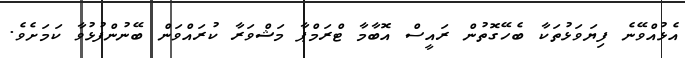
އެޅުއްވޭނެ ފިޔަވަޅުތަކާ ބެހޭގޮތުން ރައީސް އޮބާމާ ޓްރަމްޕާ މަޝްވަރާ ކުރައްވަން ބޭނުންފުޅުވާ ކަމަށެވެ.